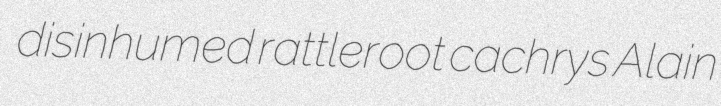
disinhumed rattleroot cachrys Alain